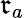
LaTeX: \mathfrak{r}_{a}